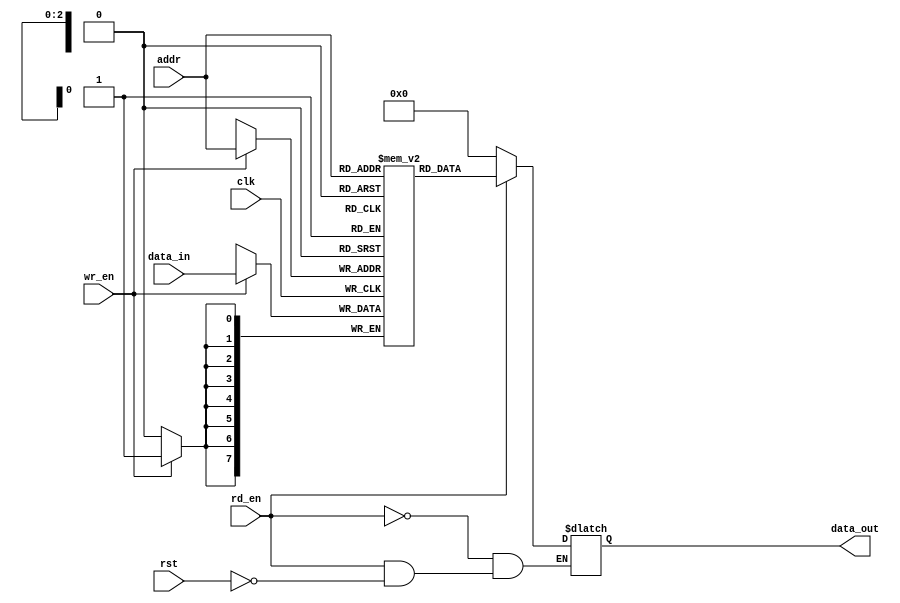
module dff_mem #
(
    parameter D_W = 8, 
    parameter WORD = 8
)
(
    input wire clk,
    input wire rst,
    // Read Logic
    input wire rd_en,
    input wire [$clog2(WORD)-1:0] addr,
    // Write logic
    input wire wr_en,
    // IO
    input wire [D_W-1:0] data_in,
    output reg [D_W-1:0] data_out
);
//
// Memory Array
reg [D_W-1:0] mem [WORD-1:0];
//
// Write Logic
always @(posedge clk) begin
    if(wr_en) begin
        mem[addr] <= data_in;
    end
end

// Read Logic
always @(*) begin
    if(rd_en) begin
        data_out <= mem[addr];  // Update output only if rd_en is high
    end
    else if(!rd_en) begin
        data_out <= 0;  // Update output only if rd_en is high
    end 
    else if(rst) begin
        data_out <= 0;          // Optionally reset the output to 0 on reset
    end
end


endmodule